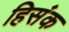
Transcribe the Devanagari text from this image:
हिसंक